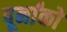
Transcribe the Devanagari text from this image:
पूर्नांकों